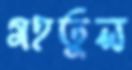
মহতুল